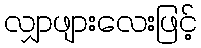
လျှာဖျားလေးဖြင့်